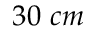
3 0 ~ c m